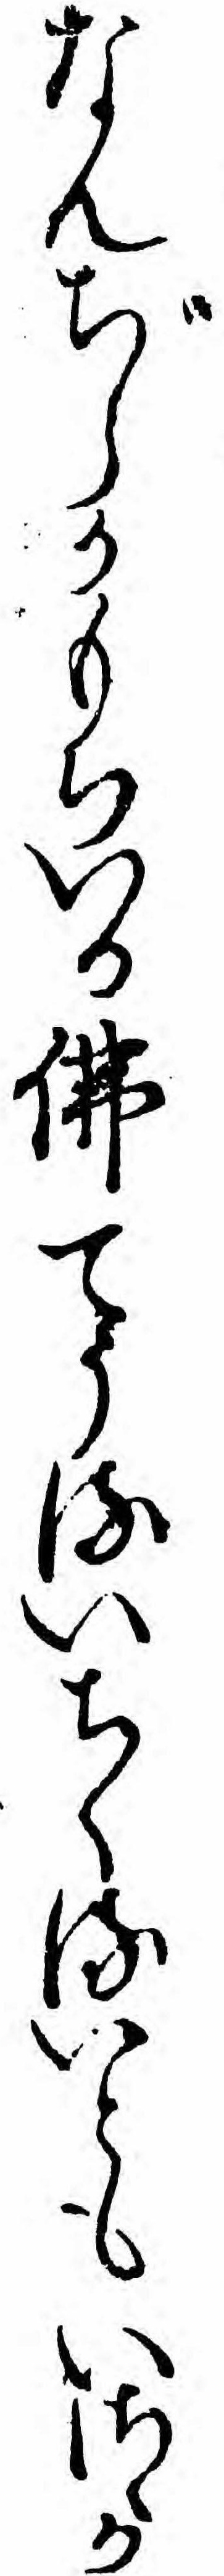
なんぢらかもちいる仏てうるいちくるいともいさゝか